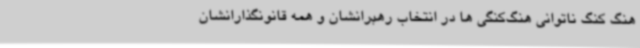
هنگ کنگ ناتوانی هنگ‌کنگی ها در انتخاب رهبرانشان و همه قانونگذارانشان